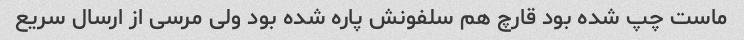
ماست چپ شده بود قارچ هم سلفونش پاره شده بود ولی مرسی از ارسال سریع